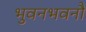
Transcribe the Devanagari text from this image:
भुवनभवनौ